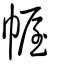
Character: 幄